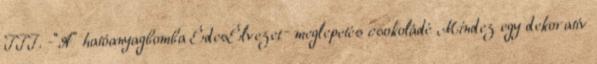
III. -“A” hatóanyagbomba ÉdesÉlvezet– meglepetés csokoládé Mindez egy dekoratív